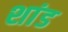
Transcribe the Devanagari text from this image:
शांड